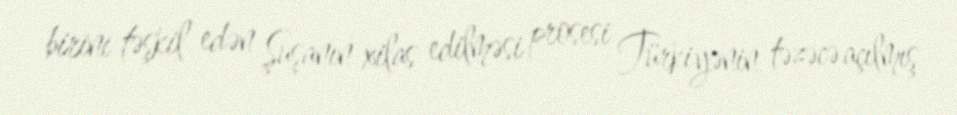
birini təşkil edən Şuşanın xilas edilməsi prosesi Türkiyənin təzəcə açılmış